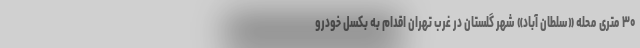
۳۰ متری محله «سلطان آباد» شهر گلستان در غرب تهران اقدام به بُکسل خودرو